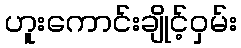
ဟူးကောင်းချိုင့်ဝှမ်း